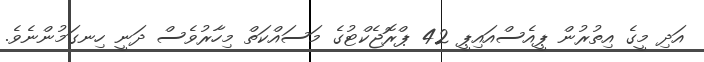
އަދި މީގެ އިތުރުން ޕީއެސްއައިޕީ 42 ޕްރޮޖެކްޓުގެ މަސައްކަތް މިހާރުވެސް ދަނީ ހިނގަމުންނެވެ.